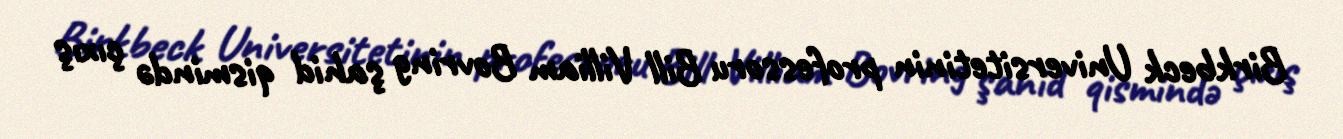
Birkbeck Universitetinin professoru Bill Villiam Bovring şahid qismində çıxış